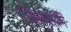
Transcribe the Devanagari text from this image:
चित्कलामिं